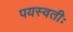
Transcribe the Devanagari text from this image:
पयस्वतीः